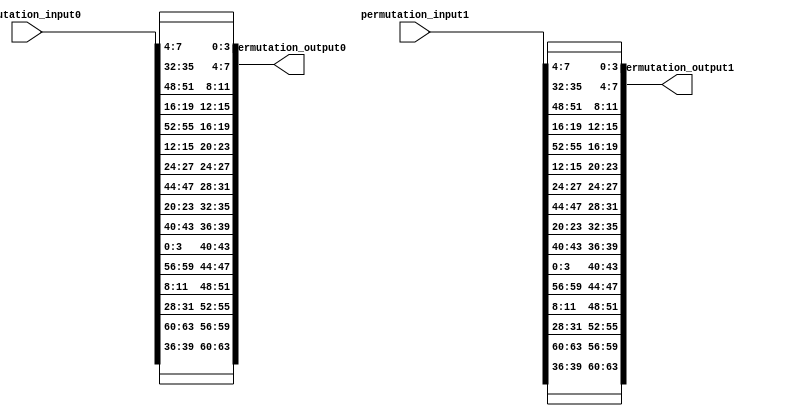
`timescale 1ns / 1ps
//////////////////////////////////////////////////////////////////////////////////
// Company: 
// Engineer: 
// 
// Design Name: 
// Module Name:    shared_permutation_key 
// Project Name: 
// Target Devices: 
// Tool versions: 
// Description: 
//
// Dependencies: 
//
// Revision: 
// Revision 0.01 - File Created
// Additional Comments: 
//
//////////////////////////////////////////////////////////////////////////////////
module shared_permutation_key(
	input	[63:0]	permutation_input0,
	input	[63:0]	permutation_input1,
	
	output	[63:0]	permutation_output0,
	output	[63:0]	permutation_output1
    );
	
	// share0
	assign permutation_output0[63:60] = permutation_input0[39:36];
	assign permutation_output0[59:56] = permutation_input0[63:60];
	assign permutation_output0[55:52] = permutation_input0[31:28];
	assign permutation_output0[51:48] = permutation_input0[11:08];
	assign permutation_output0[47:44] = permutation_input0[59:56];
	assign permutation_output0[43:40] = permutation_input0[03:00];
	assign permutation_output0[39:36] = permutation_input0[43:40];
	assign permutation_output0[35:32] = permutation_input0[23:20];
	assign permutation_output0[31:28] = permutation_input0[47:44];
	assign permutation_output0[27:24] = permutation_input0[27:24];
	assign permutation_output0[23:20] = permutation_input0[15:12];
	assign permutation_output0[19:16] = permutation_input0[55:52];
	assign permutation_output0[15:12] = permutation_input0[19:16];
	assign permutation_output0[11:08] = permutation_input0[51:48];
	assign permutation_output0[07:04] = permutation_input0[35:32];
	assign permutation_output0[03:00] = permutation_input0[07:04];
	
	// share1
	assign permutation_output1[63:60] = permutation_input1[39:36];
	assign permutation_output1[59:56] = permutation_input1[63:60];
	assign permutation_output1[55:52] = permutation_input1[31:28];
	assign permutation_output1[51:48] = permutation_input1[11:08];
	assign permutation_output1[47:44] = permutation_input1[59:56];
	assign permutation_output1[43:40] = permutation_input1[03:00];
	assign permutation_output1[39:36] = permutation_input1[43:40];
	assign permutation_output1[35:32] = permutation_input1[23:20];
	assign permutation_output1[31:28] = permutation_input1[47:44];
	assign permutation_output1[27:24] = permutation_input1[27:24];
	assign permutation_output1[23:20] = permutation_input1[15:12];
	assign permutation_output1[19:16] = permutation_input1[55:52];
	assign permutation_output1[15:12] = permutation_input1[19:16];
	assign permutation_output1[11:08] = permutation_input1[51:48];
	assign permutation_output1[07:04] = permutation_input1[35:32];
	assign permutation_output1[03:00] = permutation_input1[07:04];
	
endmodule